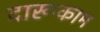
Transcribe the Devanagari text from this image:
दारूकाम